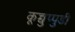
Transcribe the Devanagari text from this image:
कूच्चुप्पुडी